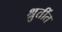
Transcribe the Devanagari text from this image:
श्रुतींत